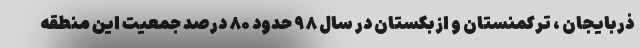
ذربایجان ، ترکمنستان و ازبکستان در سال ۹۸ حدود ۸۰ درصد جمعیت این منطقه